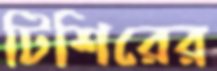
টিশিরের